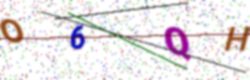
Text: O6QH